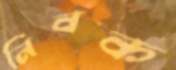
নিবক